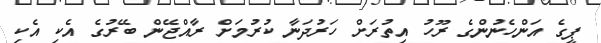
ޕީގެ އަންހެނުންގެ ރޫހު އިތުރަށް ހަރުދަނާ ކުރުމަށް ރާއްޖޭން ބޭރުގެ އެކި އެކި